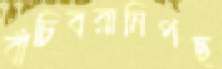
বাঁচিবরানিপছ